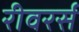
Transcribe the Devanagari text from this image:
रीवरर्स